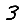
Digit: 3